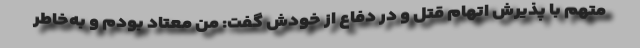
متهم با پذیرش اتهام قتل و در دفاع از خودش گفت: من معتاد بودم و به‌خاطر